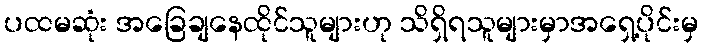
ပထမဆုံး အခြေချနေထိုင်သူများဟု သိရှိရသူများမှာအရှေ့ပိုင်းမှ